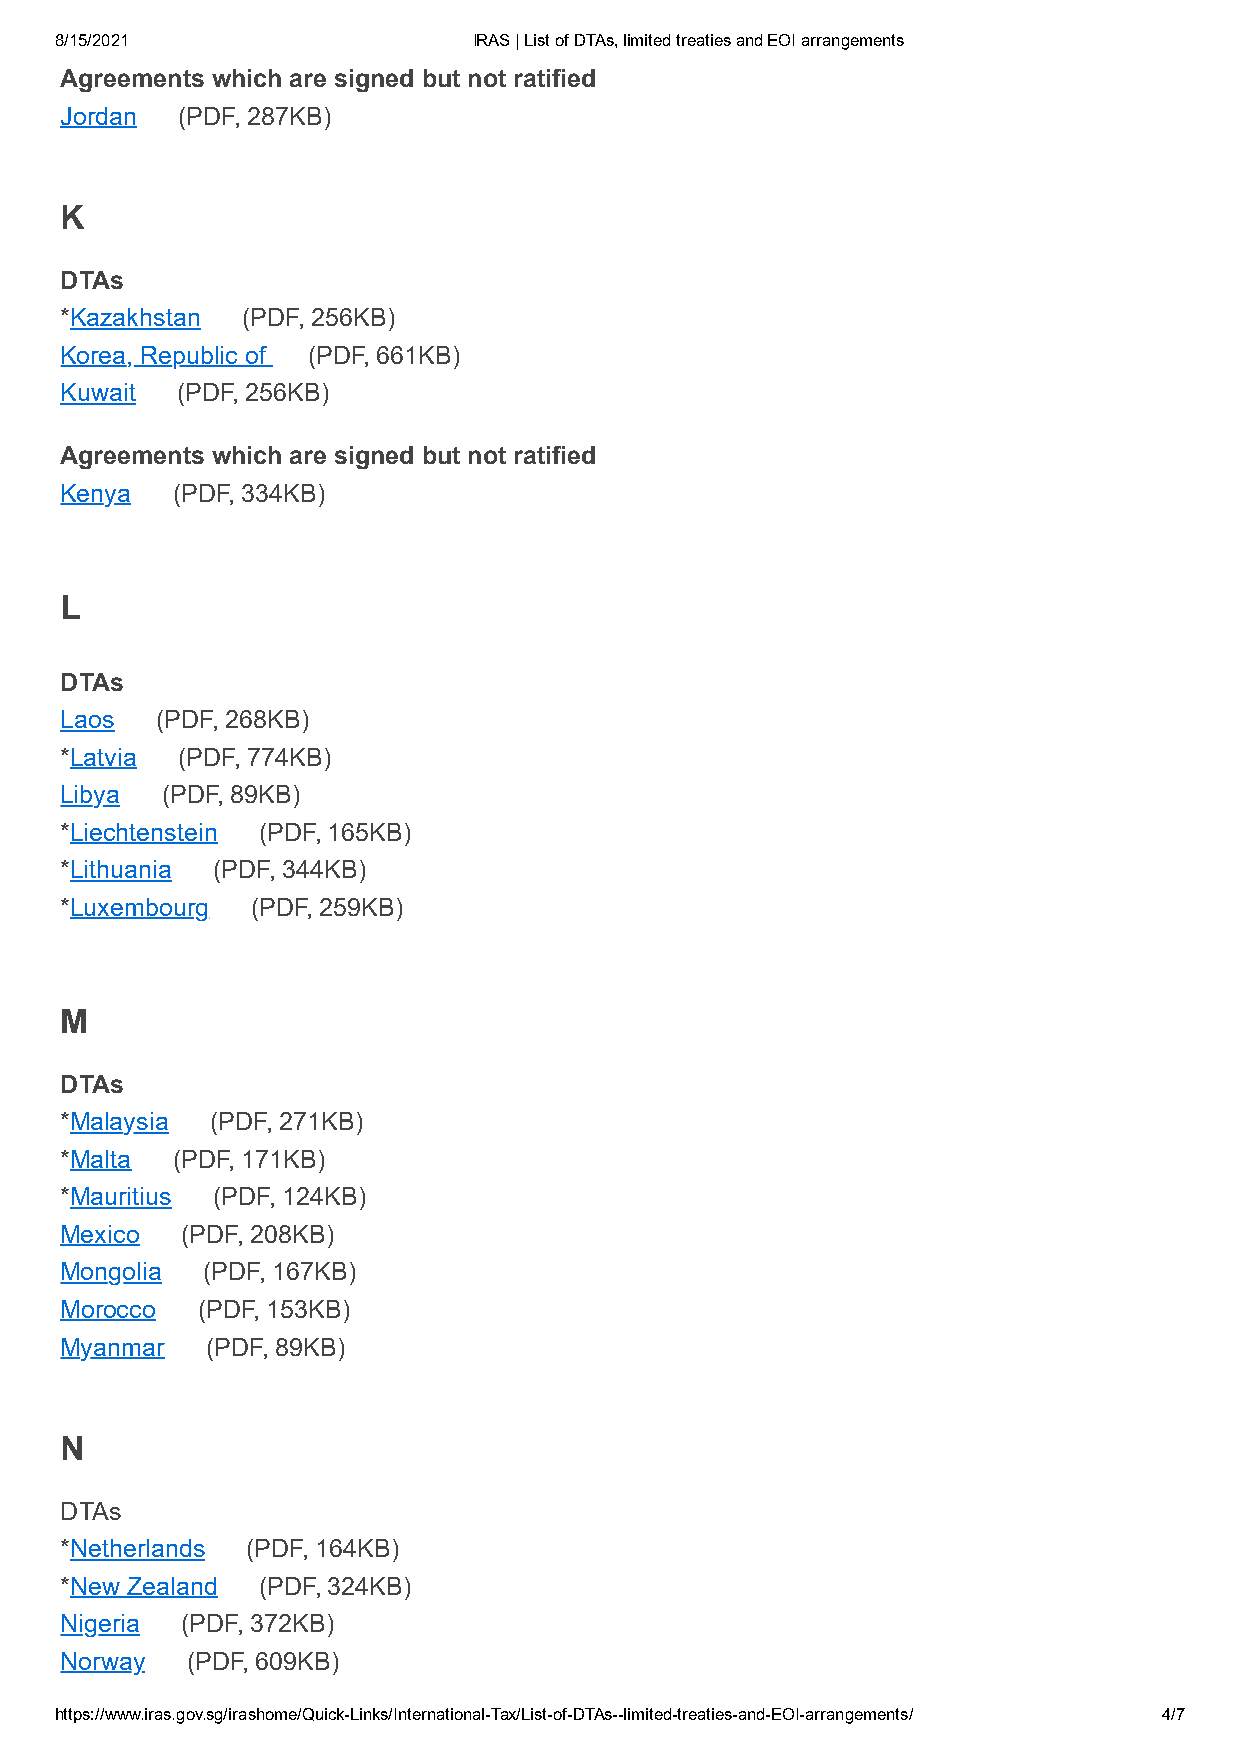
8/15/2021                  IRAS | List of DTAs, limited treaties and EOI arrangements
 Agreements which are signed but not ratified
 Jordan  (PDF, 287KB)
 K
 DTAs
 *Kazakhstan (PDF, 256KB)
 Korea, Republic of (PDF, 661KB)
 Kuwait  (PDF, 256KB)
 Agreements which are signed but not ratified
 Kenya  (PDF, 334KB)
 L
 DTAs
 Laos  (PDF, 268KB)
 *Latvia (PDF, 774KB)
 Libya  (PDF, 89KB)
 *Liechtenstein (PDF, 165KB)
 *Lithuania (PDF, 344KB)
 *Luxembourg  (PDF, 259KB)
 M
 DTAs
 *Malaysia (PDF, 271KB)
 *Malta (PDF, 171KB)
 *Mauritius (PDF, 124KB)
 Mexico  (PDF, 208KB)
 Mongolia (PDF, 167KB)
 Morocco  (PDF, 153KB)
 Myanmar   (PDF, 89KB)
 N
 DTAs
 *Netherlands (PDF, 164KB)
 *New Zealand (PDF, 324KB)
 Nigeria (PDF, 372KB)
 Norway  (PDF, 609KB)
 https://www.iras.gov.sg/irashome/Quick-Links/International-Tax/List-of-DTAs--limited-treaties-and-EOI-arrangements/ 4/7